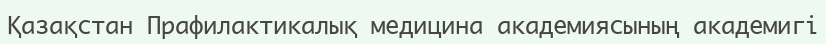
Қазақстан Прафилактикалық медицина академиясының академигі